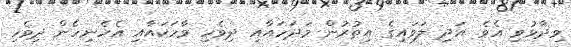
ވިދާޅުވި އެވެ. އަދި ލަވައިގެ އިތުރުން މަދަހައާއި ދިވެހި ވާހަކައާއި އެހެނިހެން ދިވެހި